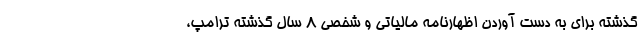
گذشته برای به دست آوردن اظهارنامه مالیاتی و شخصی 8 سال گذشته ترامپ،